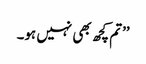
’’تم کچھ بھی نہیں ہو۔